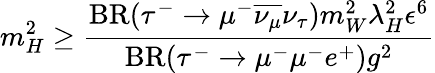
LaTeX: m_{H}^{2}\geq\frac{\mathrm{BR}(\tau^{-}\rightarrow\mu^{-}\overline{{{\nu_{\mu}}}}\nu_{\tau})m_{W}^{2}\lambda_{H}^{2}\epsilon^{6}}{\mathrm{BR}(\tau^{-}\rightarrow\mu^{-}\mu^{-}e^{+})g^{2}}